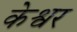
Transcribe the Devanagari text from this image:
केश्वर